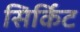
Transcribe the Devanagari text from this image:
सिर्किट